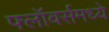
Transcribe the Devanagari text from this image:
फ्लॉवर्समध्ये